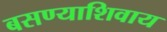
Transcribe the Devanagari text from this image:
बसण्याशिवाय